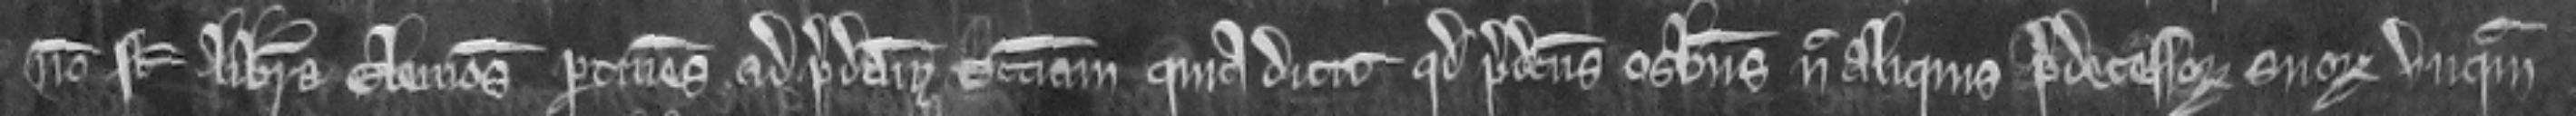
non sunt libera elemosina pertinens ad predictam ecclesiam. quia dicit quod predictus Osbertus nec aliquis predecessorum suorum unquam